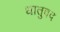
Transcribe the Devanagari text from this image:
धातुवद